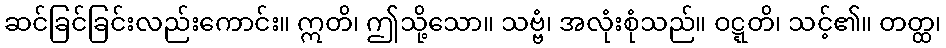
ဆင်ခြင်ခြင်းလည်းကောင်း။ ဣတိ၊ ဤသို့သော။ သဗ္ဗံ၊ အလုံးစုံသည်။ ဝဋ္ဋတိ၊ သင့်၏။ တတ္ထ၊